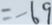
= - 6 9